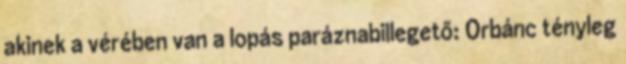
akinek a vérében van a lopás paráznabillegető: Orbánc tényleg